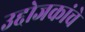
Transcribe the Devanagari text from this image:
उद्दोजकांचे